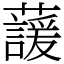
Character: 蘐